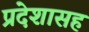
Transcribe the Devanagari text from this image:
प्रदेशासह